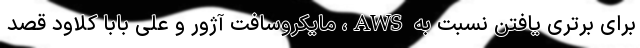
برای برتری یافتن نسبت به AWS، مایکروسافت آژور و علی بابا کلاود قصد